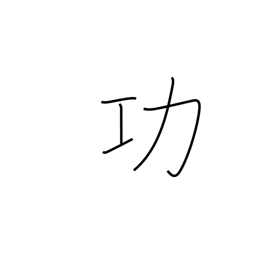
Meaning: honor